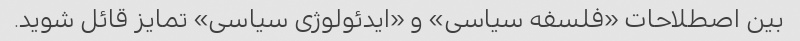
بین اصطلاحات «فلسفه سیاسی» و «ایدئولوژی سیاسی» تمایز قائل شوید.